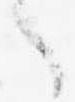
之